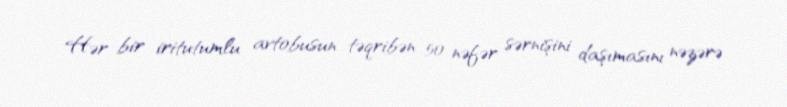
Hər bir iritutumlu avtobusun təqribən 50 nəfər sərnişini daşımasını nəzərə